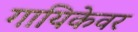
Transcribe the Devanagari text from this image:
गायिकेवर